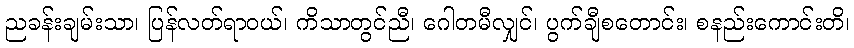
ညခန်းချမ်းသာ၊ ပြန်လတ်ရာဝယ်၊ ကိသာတွင်ညီ၊ ဂေါတမီလျှင်၊ ပွက်ချီစတောင်း၊ စနည်းကောင်းတိ၊